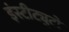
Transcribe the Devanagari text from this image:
इंस्टीट्युटो